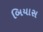
બિયાસ